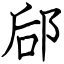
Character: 郈